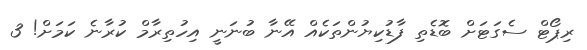
ރިޕޯޓް ސެގަޓަށް ބޮޑެތި ފާޑުކިޔުންތަކެއް އޭނާ ބުނަނީ އިހުތިރާމް ކުރާނެ ކަމަށް! 3